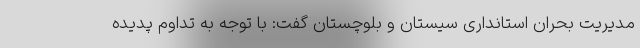
مدیریت بحران استانداری سیستان و بلوچستان گفت: با توجه به تداوم پدیده